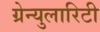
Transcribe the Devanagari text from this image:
ग्रेन्युलारिटी